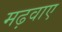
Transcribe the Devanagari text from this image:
मढ़वाए